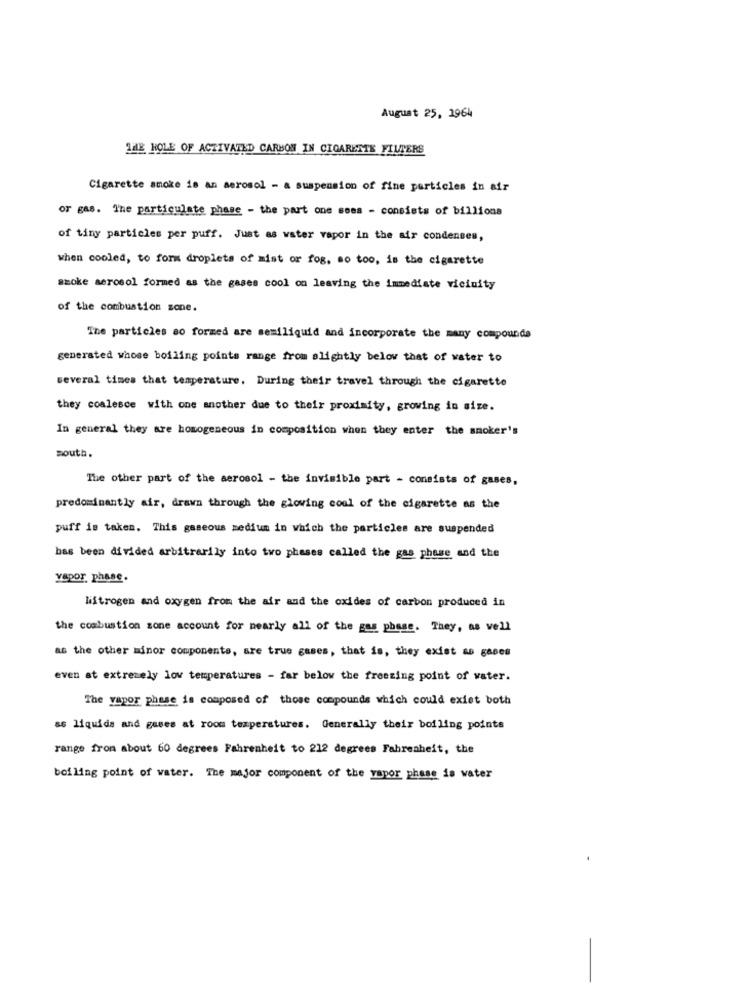
August 25, 1964
THE ROLE OF ACTIVATED CARBON IN CIGARETTE FILTERS
Cigarette smoke is an aerosol - a suspension of fine particles in air
or gas. The particulate phase - the part one soes - consists of billions
of tiny particles per puff. Just as water vapor in the air condenses,
when cooled, to form droplets of mist or fog, so too, is the cigarette
smoke aerosol formed as the gases cool on leaving the immediate vicinity
of the combustion zone.
The particles so formed are semiliquid and incorporate the many compounds
generated whose boiling points range from slightly below that of water to
several times that temperature. During their travel through the cigarette
they coalesce with one another due to their proximity, growing in size.
In general they are homogeneous in composition when they enter the smoker's
south.
The other part of the aerosol - the invisible part - consists of gases,
predominantly air, drawn through the glowing coul of the cigarette as the
puff is taken. This gaseous medium in which the particles are suspended
bas been divided arbitrarily into two phases called the gas phase and the
yepor, phase.
Nitrogen and oxygen from the air and the oxides of carbon produced in
the combustion zone account for nearly all of the gas phase. They, as vell
as the other minor components, are true gases, that is, they exist as gases
even at extremely low temperatures - far below the freezing point of water.
The vapor phase is composed of those compounds which could exiet both
as liquids and gases at room temperatures. Generally their boiling points
range from about 60 degrees Fahrenheit to 212 degrees Fahrenheit, the
boiling point of water. The major component of the yapor phase is water